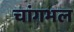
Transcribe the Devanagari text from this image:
चांगभल